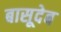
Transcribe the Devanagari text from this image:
बासूदेब